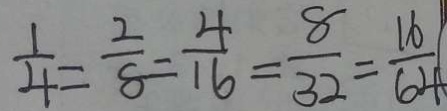
\frac { 1 } { 4 } = \frac { 2 } { 8 } = \frac { 4 } { 1 6 } = \frac { 8 } { 3 2 } = \frac { 1 6 } { 6 4 }